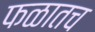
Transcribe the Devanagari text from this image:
फळातच